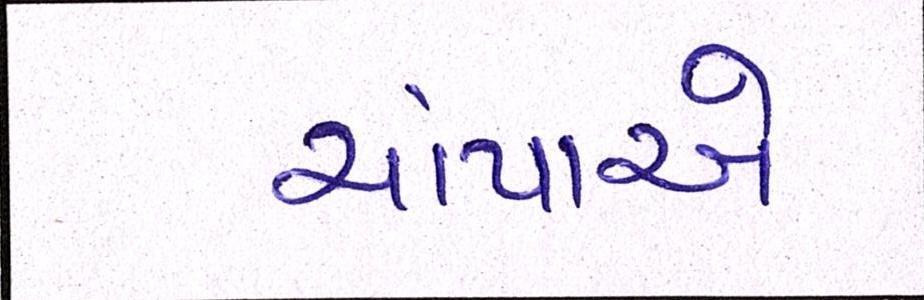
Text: ચાંપાએ